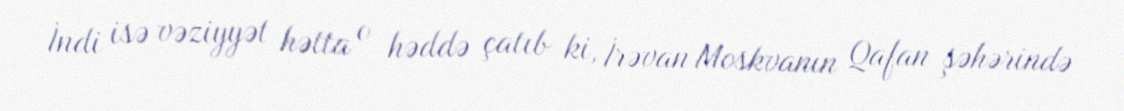
İndi isə vəziyyət hətta o həddə çatıb ki, İrəvan Moskvanın Qafan şəhərində